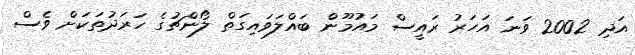
އަދި 2002 ވަނަ އަހަރު ރައީސް މައުމޫން ބައްލަވައިގަތް ލޯންޗުގެ ހަރަދުތަކަށް ވެސް